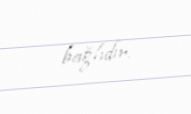
bağlıdır.